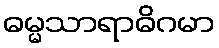
ဓမ္မသာရာဓိဂမာ